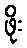
ဖိုး